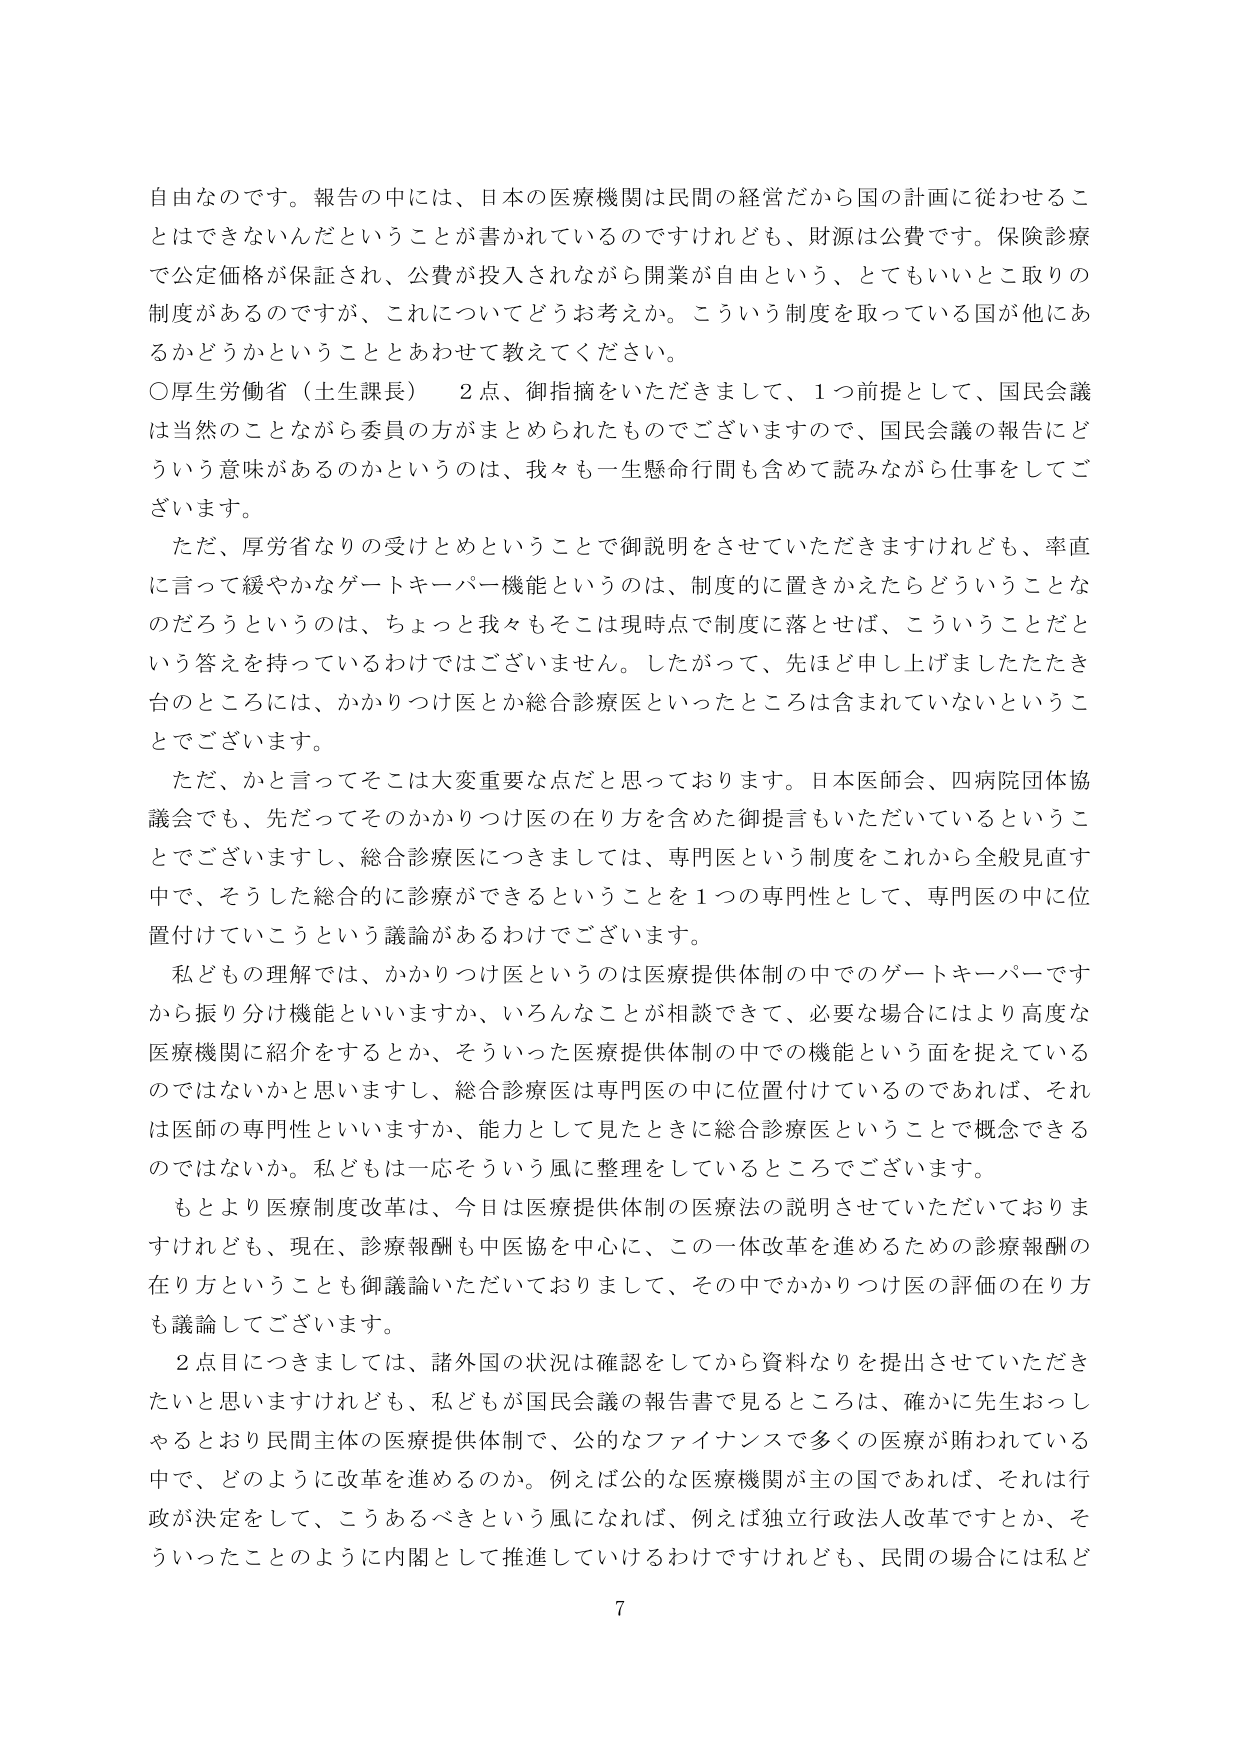
自由なのです。報告の中には、日本の医療機関は民間の経営だから国の計画に従わせることはできないんだということが書かれているのですけれども、財源は公費です。保険診療で公定価格が保証され、公費が投入されながら開業が自由という、とてもいいとこ取りの制度があるのですが、これについてどうお考えか。こういう制度を取っている国が他にあるかどうかということとあわせて教えてください。

○厚生労働省（土生課長）　2点、御指摘をいただきまして、1つ前提として、国民会議は当然のことながら委員の方がまとめられたものでございますので、国民会議の報告にどういう意味があるのかというのは、我々も一生懸命何問も含めて読みながら仕事をしてございます。

　ただ、厚労省なりの受けとめということで御説明をさせていただきますけれども、率直に言って緩やかなゲートキーパー機能というのは、制度的に置きかえたらどういうことなのだろうというのは、ちょっと我々もそこは現時点で制度に落とせば、こういうことだという答えを持っているわけではございません。したがって、先ほど申し上げましたたき台のところには、かかりつけ医とか総合診療医といったところは含まれていないということでございます。

　ただ、かと言ってそこは大変重要な点だと思っております。日本医師会、四病院団体協議会でも、先だってそのかかりつけ医の在り方を含めた御提言もいただいているということでございますし、総合診療医につきましては、専門医という制度をこれから全般見直す中で、そうした総合的に診療ができるということを1つの専門性として、専門医の中に位置付けていこうという議論があるわけでございます。

　私どもの理解では、かかりつけ医というのは医療提供体制の中でのゲートキーパーですから振り分け機能といいますか、いろんなことが相談できて、必要な場合にはより高度な医療機関に紹介をするとか、そういった医療提供体制の中での機能という面を捉えているのではないかと思いますし、総合診療医は専門医の中に位置付けているのであれば、それは医師の専門性といいますか、能力として見たときに総合診療医ということで概念できるのではないか。私どもは一応そういう風に整理をしているところでございます。

　もとより医療制度改革は、今日は医療提供体制の医療法の説明させていただいておりますけれども、現在、診療報酬も中医協を中心に、この一体改革を進めるための診療報酬の在り方ということも御議論いただいておりまして、その中でかかりつけ医の評価の在り方も議論してございます。

　2点目につきましては、諸外国の状況は確認をしてから資料なりを提出させていただきたいと思いますけれども、私どもが国民会議の報告書で見るところは、確かに先生おっしゃるとおり民間主体の医療提供体制で、公的なファイナンスで多くの医療が賄われている中で、どのように改革を進めるのか。例えば公的な医療機関が主の国であれば、それは行政が決定をして、こうあるべきという風になれば、例えば独立行政法人改革ですとか、そういったことのように内閣として推進していけるわけですがけれども、民間の場合には私ど

7